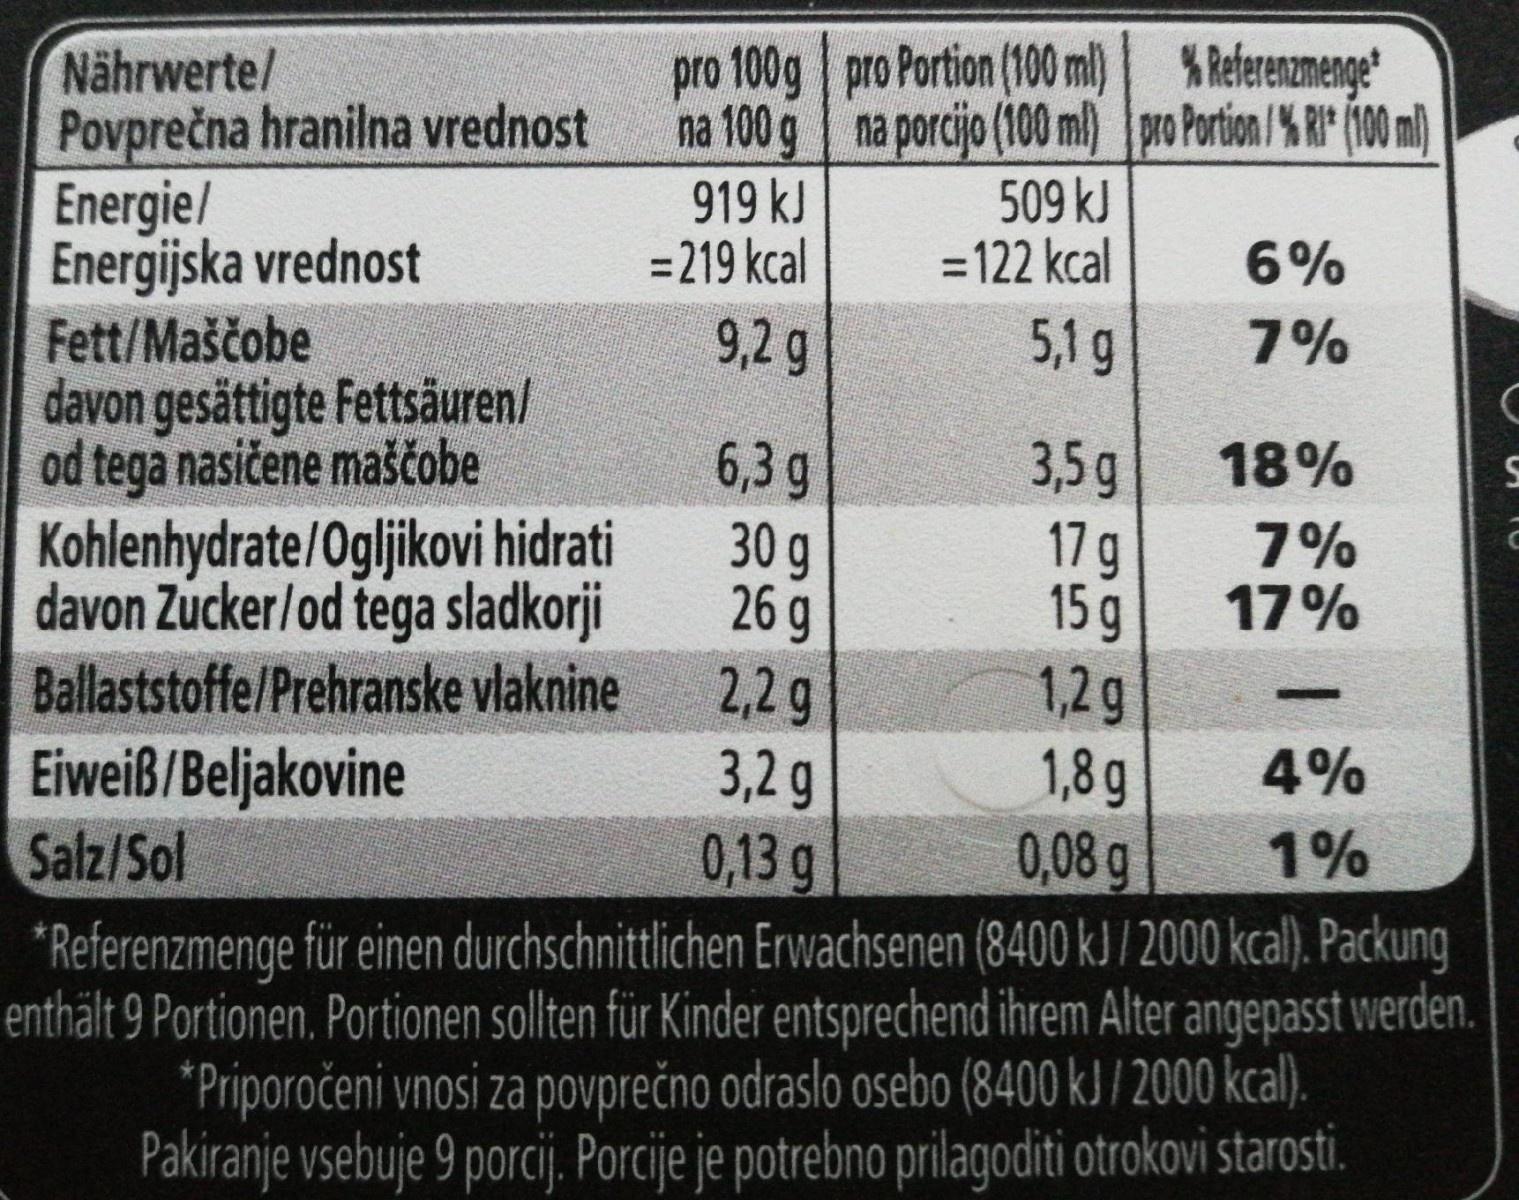
pro 100g pro Portion (100 ml) %Referenzmenge na 100 g na porcijo (100 ml) pro Portion /% RI (100 ml) 919 kJ = 219 kcal
Nährwerte/ Povprečna hranilna vrednost Energie/ Energijska vrednost Fett/Maščobe davon gesättigte Fettsäuren/ od tega nasičene maščobe Kohlenhydrate/Ogljikovi hidrati davon Zucker/od tega sladkorji Ballaststoffe/Prehranske vlaknine Eiweiß/Beljakovine Salz/Sol
509 kJ = 122 kcal
6%
9,2 g
5,1 g
7%
3,5g 17 g 15 g 1,2g 1,8 g 0,08 g
6,3 g
18%
30 g 26 g
7% 17%
2,2 g 3,2 g 0,13 g *Referenzmenge für einen durchschnittlichen Erwachsenen (8400 kJ / 2000 kcal). Packung enthält 9 Portionen. Portionen sollten für Kinder entsprechend ihrem Alter angepasst werden. *Priporočeni vnosi za povprečno odraslo osebo (8400 kJ / 2000 kcal). Pakiranje vsebuje 9 porcij. Porcije je potrebno prilagoditi otrokovi starosti.
4%
1%